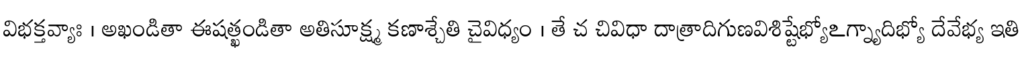
విభక్తవ్యాః । అఖండితా ఈషత్ఖండితా అతిసూక్ష్మ కణాశ్చేతి చైవిధ్యం । తే చ చివిధా దాత్రాదిగుణవిశిష్టేభ్యోఽగ్న్యాదిభ్యో దేవేభ్య ఇతి